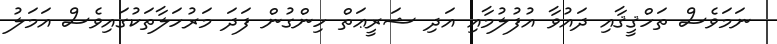
ނަމަވެސް ތަހްޤީޤާއި ދައުވާ އުފުލުމާއި އަދި ޝަރީޢަތް ހިންގުން ފަދަ މަރުހަލާތަކުގައިވެސް އަމަލު